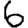
Digit: 6